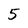
Character: 5